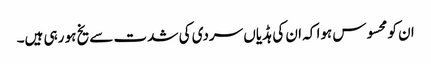
ان کو محسوس ہوا کہ ان کی ہڈیاں سردی کی شدت سے یخ ہو رہی ہیں۔